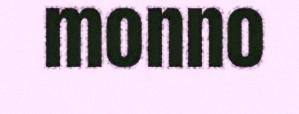
monno